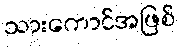
သားကောင်အဖြစ်